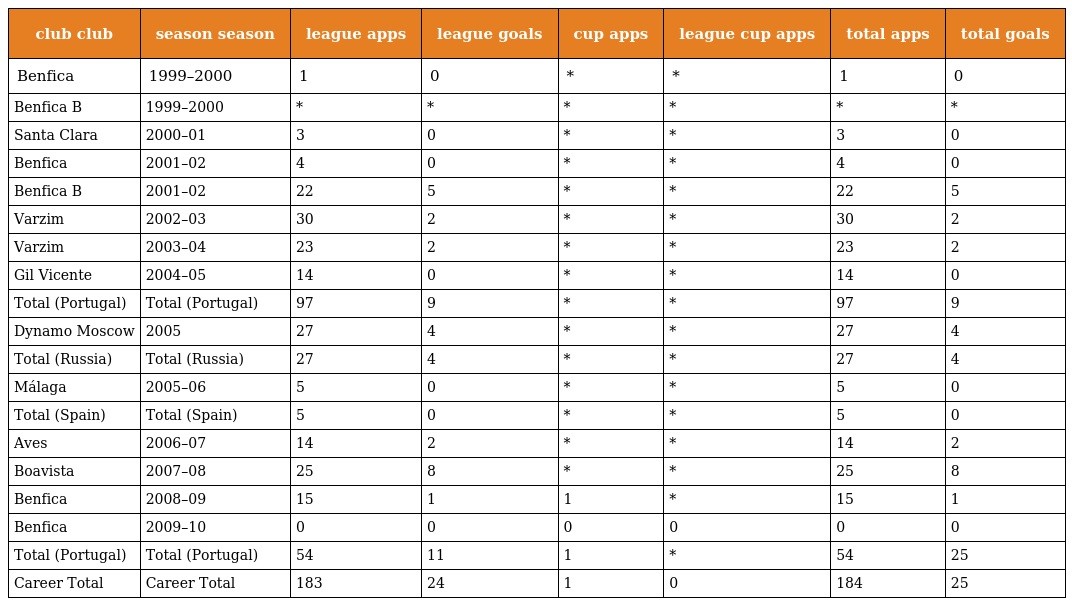
| club club | season season | league apps | league goals | cup apps | league cup apps | total apps | total goals |
 | --- | --- | --- | --- | --- | --- | --- | --- |
 | Benfica | 1999–2000 | 1 | 0 | * | * | 1 | 0 |
 | Benfica B | 1999–2000 | * | * | * | * | * | * |
 | Santa Clara | 2000–01 | 3 | 0 | * | * | 3 | 0 |
 | Benfica | 2001–02 | 4 | 0 | * | * | 4 | 0 |
 | Benfica B | 2001–02 | 22 | 5 | * | * | 22 | 5 |
 | Varzim | 2002–03 | 30 | 2 | * | * | 30 | 2 |
 | Varzim | 2003–04 | 23 | 2 | * | * | 23 | 2 |
 | Gil Vicente | 2004–05 | 14 | 0 | * | * | 14 | 0 |
 | Total (Portugal) | Total (Portugal) | 97 | 9 | * | * | 97 | 9 |
 | Dynamo Moscow | 2005 | 27 | 4 | * | * | 27 | 4 |
 | Total (Russia) | Total (Russia) | 27 | 4 | * | * | 27 | 4 |
 | Málaga | 2005–06 | 5 | 0 | * | * | 5 | 0 |
 | Total (Spain) | Total (Spain) | 5 | 0 | * | * | 5 | 0 |
 | Aves | 2006–07 | 14 | 2 | * | * | 14 | 2 |
 | Boavista | 2007–08 | 25 | 8 | * | * | 25 | 8 |
 | Benfica | 2008–09 | 15 | 1 | 1 | * | 15 | 1 |
 | Benfica | 2009–10 | 0 | 0 | 0 | 0 | 0 | 0 |
 | Total (Portugal) | Total (Portugal) | 54 | 11 | 1 | * | 54 | 25 |
 | Career Total | Career Total | 183 | 24 | 1 | 0 | 184 | 25 |